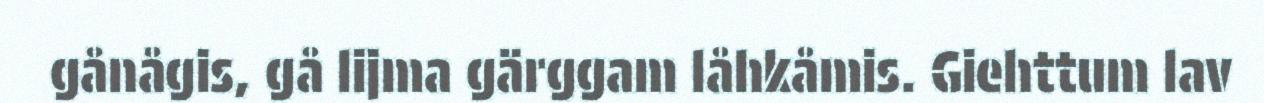
gånågis, gå lijma gärggam låhkåmis. Giehttum lav